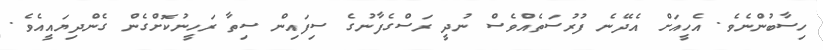
ހިސާބުންނެވެ. އެހީއަށް އެދޭނެ ފުރުސަތެއްވެސް ނުދީ ރަސްގެފާނުގެ ސިފައިން ސިތާ ރަހީނުކޮށްގެން ގެންދިޔައީއެވެ.